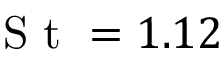
\textrm { S t } = 1 . 1 2